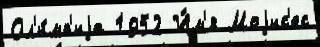
Ол'и́мп'иjа 1952 И́м'я Моjис'ес